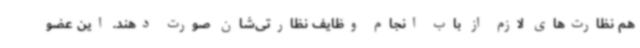
هم نظارت‌های لازم از باب انجام وظایف نظارتی‌شان صورت دهند. این عضو